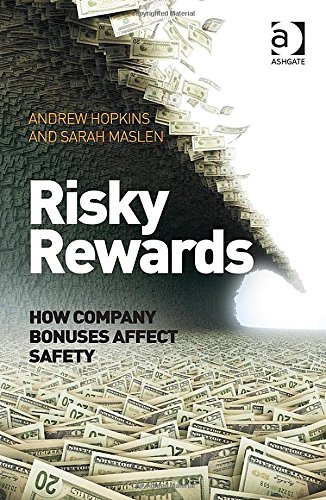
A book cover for Risky Rewards: How Company Bonuses Affect Safety; Andrew Hopkins; Business & Money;